Vaccination in Bombay 1874-1876 - 1874-1876
Year: 1874
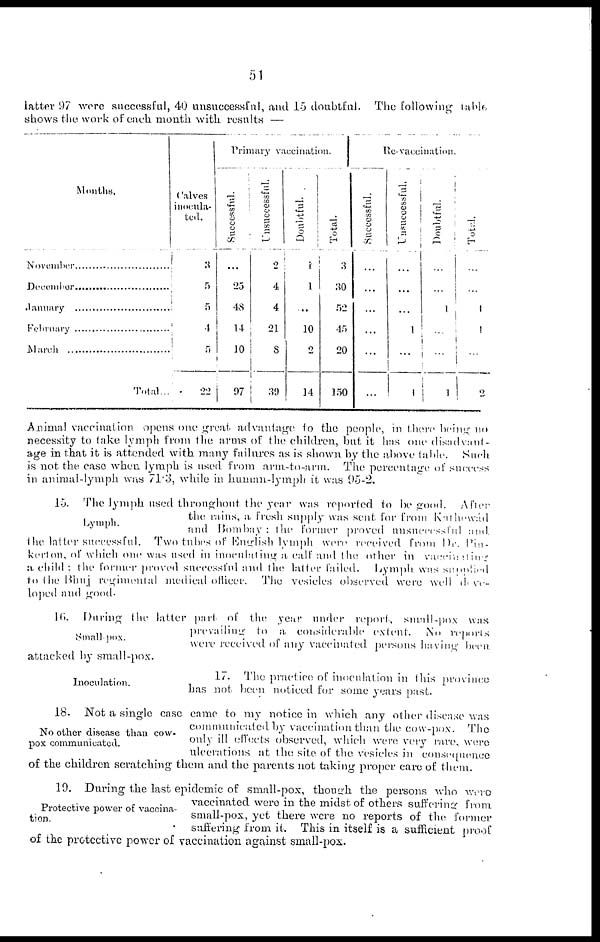
51
latter 97 were successful, 40 unsuccessful, and 15 doubtful.
The following table
shows the work of each month with results —
Months.
November...........................
December...........................
January...........................
February...........................
March...........................
Total..
Calves
inocula-
ted.
3
5
5
4
5
22
Primary vaccination.
Successful.
...
25
48
14
10
97
Unsuccessful.
2
4
4
21
8
39
Doubtful.
1
1
...
10
2
14
Total.
3
30
52
45
20
150
Re-vaccination.
Successful.
...
...
...
...
...
...
Unsuccessful.
...
...
...
1
...
1
Doubtful.
...
...
1
...
...
1
Total.
...
...
1
1
...
2
Animal vaccination opens one great advantage to the people, in there being no
necessity to take lymph from the arms of the children, but it has one disadvant-
age in that it is attended with many failures as is shown by the above table.
Such
is not the case when lymph is used from arm-to-arm.
The percentage of success
in animal-lymph was 71.3, while in human-lymph it was 95-2.
Lymph.
15. The lymph used throughout the year was reported to be good.
After
the rains, a fresh supply was sent for from Katewád
and Bombay
the former proved unsuccessful and
the latter successful. Two tubes of English lymph were received from Dr. Pin¬
kerton, of which one was used in inoculating a calf and the other in
vaccinating
a child : the former proved successful and the latter failed.
Lymph was supplied
to the Bhuj regimental medical officer.
The vesicles observed were well deve¬
loped and good.
Small pox.
16. During the latter part of the year under report, small-pox was
prevailing to a considerable extent.
No reports
were received of any vaccinated, persons having been,
attacked by small-pox.
Inoculation.
17. The practice of inoculation in this province
has not been noticed for some years past.
No other disease than cow-
pox communicated.
18. Not a single case came to my notice in which any other disease was
communicated by vaccination than the cow-pox.
The
only ill effects observed, which were very rare were
ulcerations at the site of the vesicles in consequence
of the children scratching them and the parents not taking proper care of them.
Protective power of vaccina-
tion.
19. During the last epidemic of small-pox, though the persons who were
vaccinated were in the midst of others suffering from
small-pox, yet there were no reports of the former
suffering from it. This in itself is a sufficient proof
of the protective power of vaccination against small-pox.